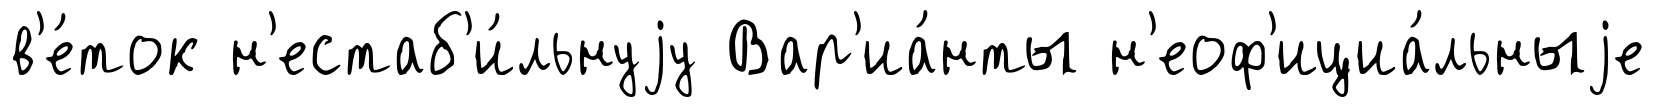
в'е́ток н'естаб'и́льнуjу Вар'иа́нты н'еоф'ициа́льныjе